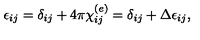
\epsilon _ { i j } = \delta _ { i j } + 4 \pi \chi _ { i j } ^ { ( e ) } = \delta _ { i j } + \Delta \epsilon _ { i j } ,